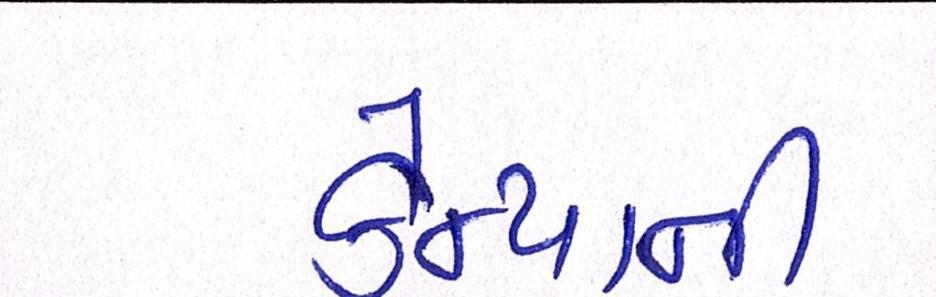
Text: કેન્યાની